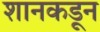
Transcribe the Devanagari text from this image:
शानकडून